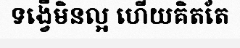
ទង្វើមិនល្អ ហើយគិតតែ